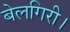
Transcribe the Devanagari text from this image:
बेलगिरी।